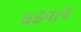
ઘઢવાલ